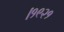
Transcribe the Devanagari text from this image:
।१९२१